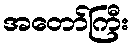
အတော်ကြီး